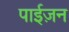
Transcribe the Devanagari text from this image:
पाईज़न